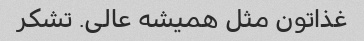
غذاتون مثل همیشه عالی. تشکر